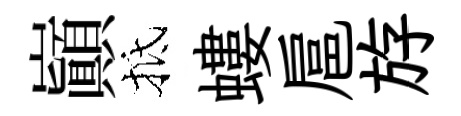
巔抵螻扈斿